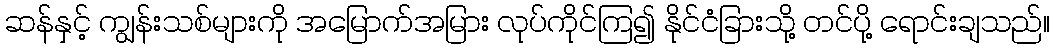
ဆန်နှင့် ကျွန်းသစ်များကို အမြောက်အမြား လုပ်ကိုင်ကြ၍ နိုင်ငံခြားသို့ တင်ပို့ ရောင်းချသည်။